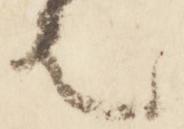
之